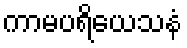
ကာမပရိယေသနံ